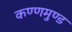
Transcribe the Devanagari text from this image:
कण्णमुण्ड